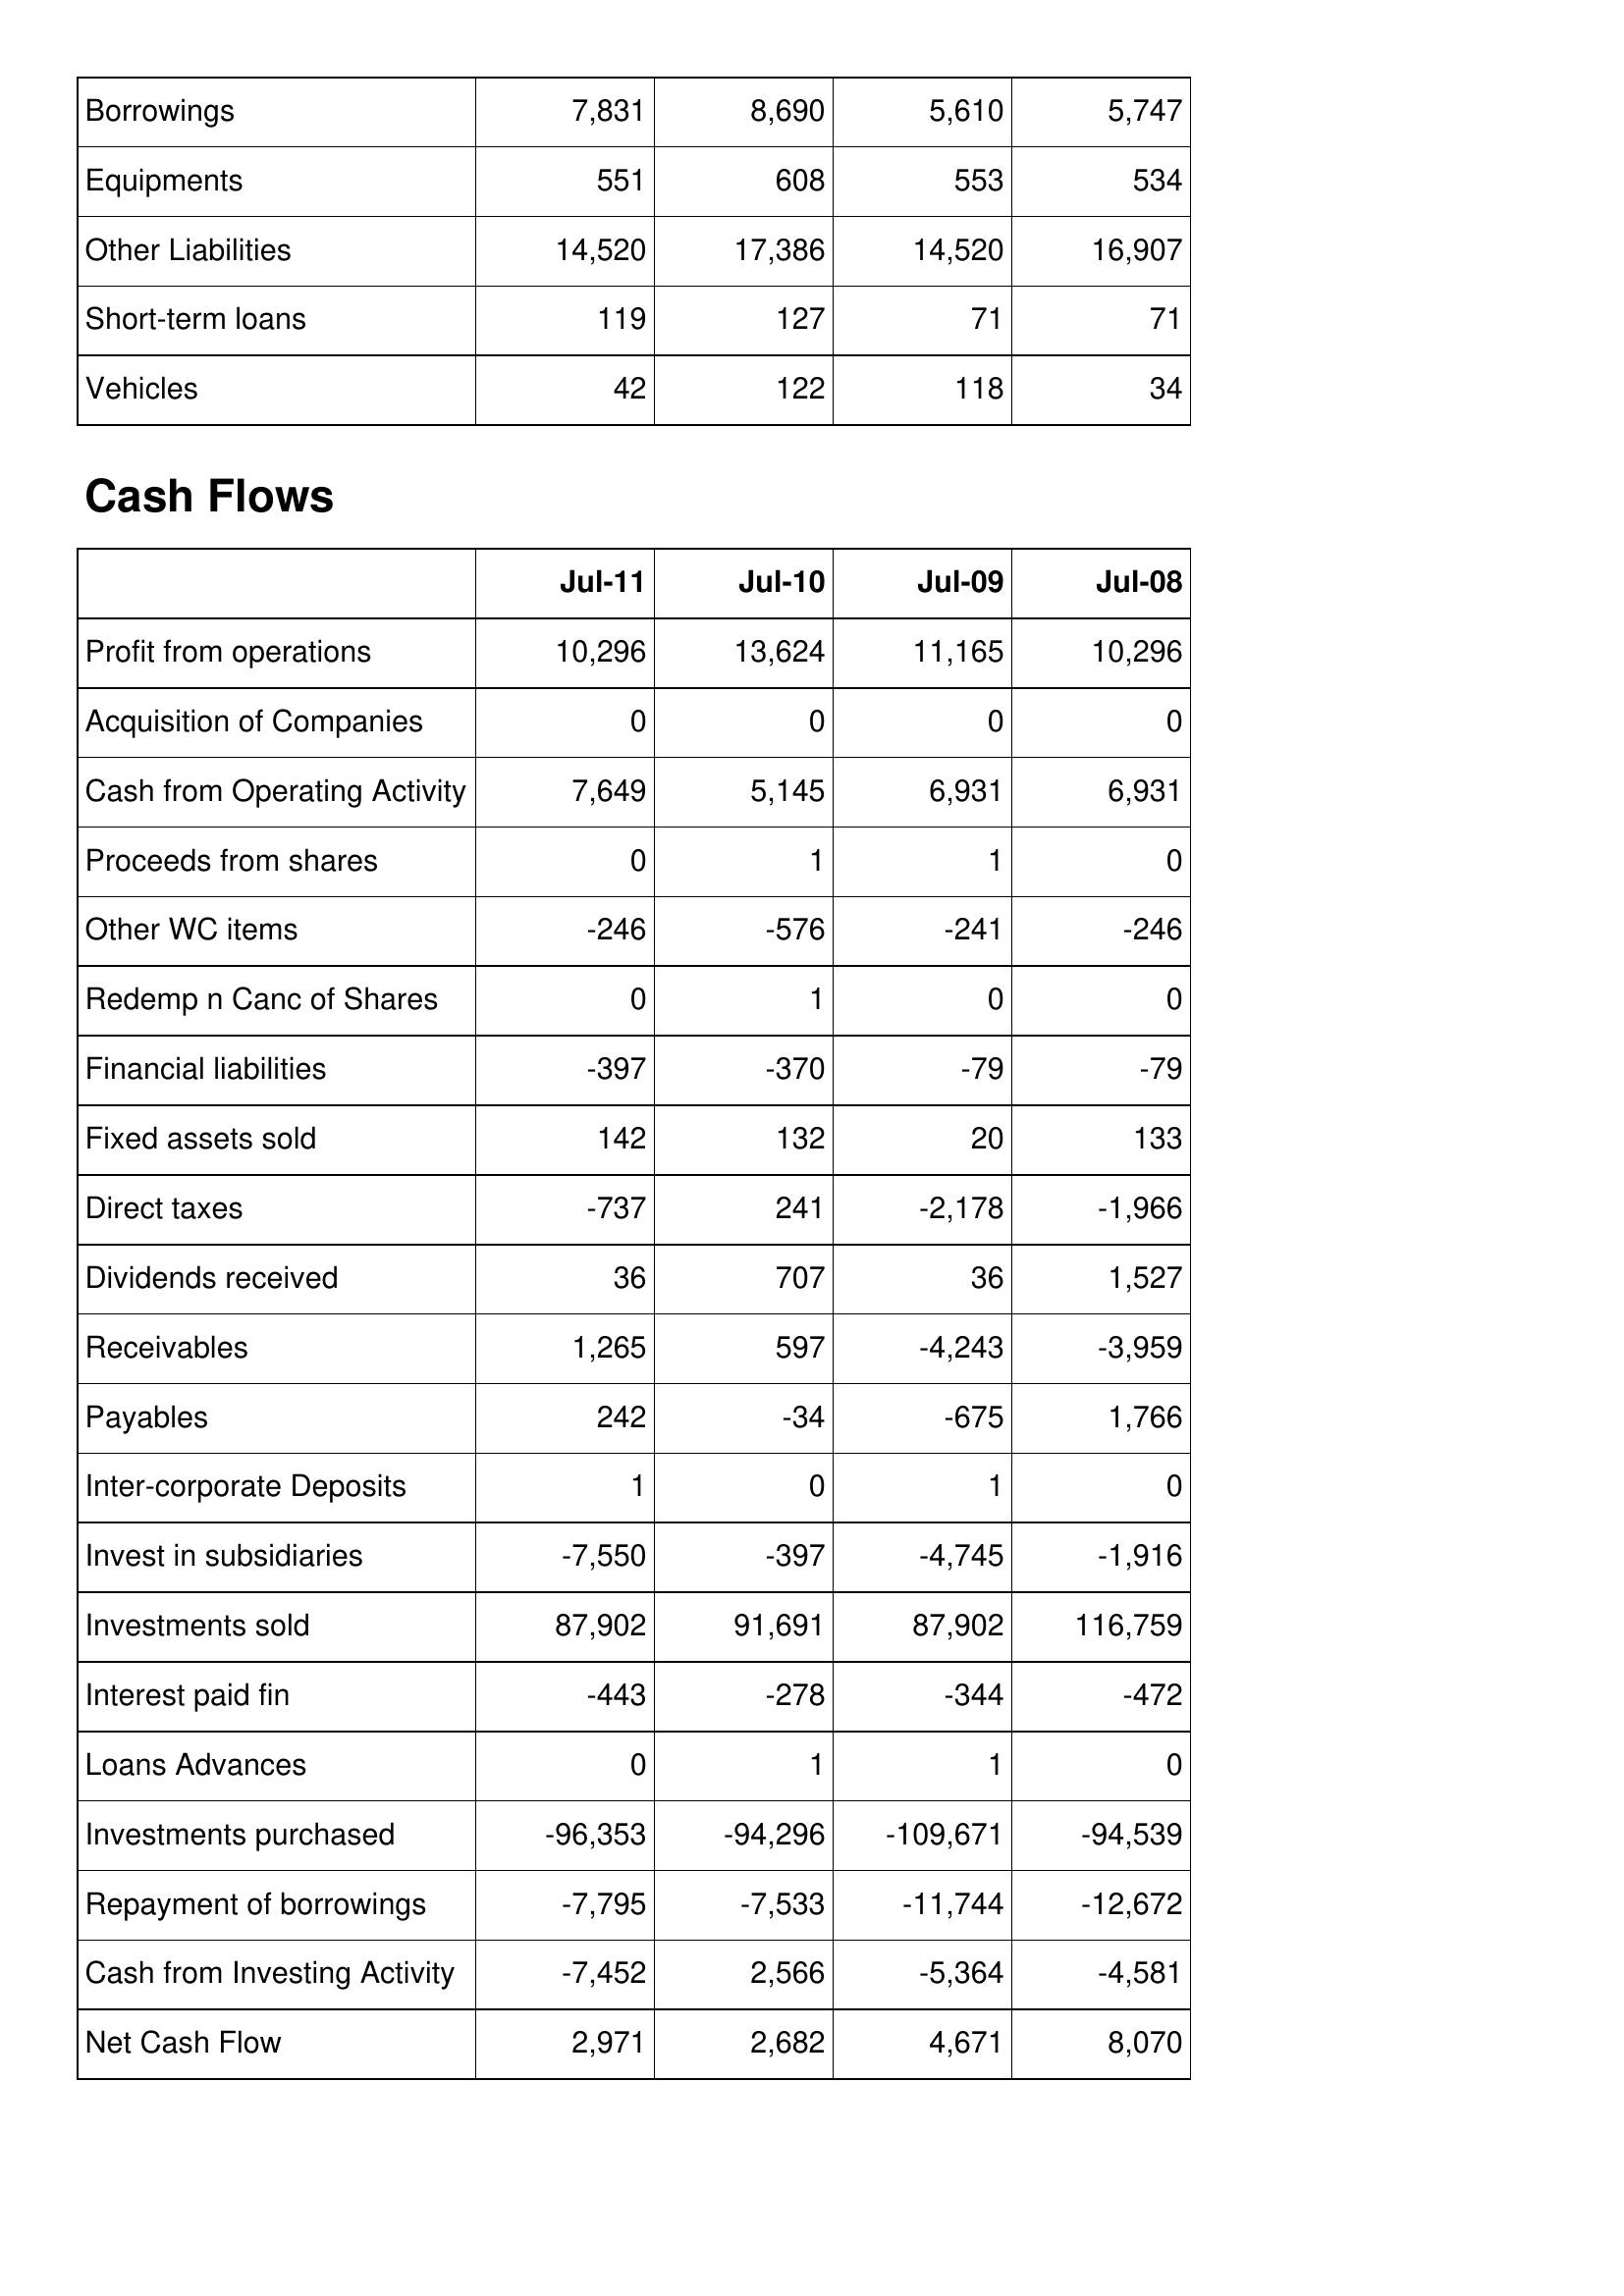
Jul-11: Balance Sheet: Borrowings: 7,831
Equipments: 551
Other Liabilities: 14,520
Short-term loans: 119
Vehicles: 42
Cash Flows: Profit from operations: 10,296
Acquisition of Companies: 0
Cash from Operating Activity: 7,649
Proceeds from shares: 0
Other WC items: -246
Redemp n Canc of Shares: 0
Financial liabilities: -397
Fixed assets sold: 142
Direct taxes: -737
Dividends received: 36
Receivables: 1,265
Payables: 242
Inter-corporate Deposits: 1
Invest in subsidiaries: -7,550
Investments sold: 87,902
Interest paid fin: -443
Loans Advances: 0
Investments purchased: -96,353
Repayment of borrowings: -7,795
Cash from Investing Activity: -7,452
Net Cash Flow: 2,971
Jul-10: Balance Sheet: Borrowings: 8,690
Equipments: 608
Other Liabilities: 17,386
Short-term loans: 127
Vehicles: 122
Cash Flows: Profit from operations: 13,624
Acquisition of Companies: 0
Cash from Operating Activity: 5,145
Proceeds from shares: 1
Other WC items: -576
Redemp n Canc of Shares: 1
Financial liabilities: -370
Fixed assets sold: 132
Direct taxes: 241
Dividends received: 707
Receivables: 597
Payables: -34
Inter-corporate Deposits: 0
Invest in subsidiaries: -397
Investments sold: 91,691
Interest paid fin: -278
Loans Advances: 1
Investments purchased: -94,296
Repayment of borrowings: -7,533
Cash from Investing Activity: 2,566
Net Cash Flow: 2,682
Jul-09: Balance Sheet: Borrowings: 5,610
Equipments: 553
Other Liabilities: 14,520
Short-term loans: 71
Vehicles: 118
Cash Flows: Profit from operations: 11,165
Acquisition of Companies: 0
Cash from Operating Activity: 6,931
Proceeds from shares: 1
Other WC items: -241
Redemp n Canc of Shares: 0
Financial liabilities: -79
Fixed assets sold: 20
Direct taxes: -2,178
Dividends received: 36
Receivables: -4,243
Payables: -675
Inter-corporate Deposits: 1
Invest in subsidiaries: -4,745
Investments sold: 87,902
Interest paid fin: -344
Loans Advances: 1
Investments purchased: -109,671
Repayment of borrowings: -11,744
Cash from Investing Activity: -5,364
Net Cash Flow: 4,671
Jul-08: Balance Sheet: Borrowings: 5,747
Equipments: 534
Other Liabilities: 16,907
Short-term loans: 71
Vehicles: 34
Cash Flows: Profit from operations: 10,296
Acquisition of Companies: 0
Cash from Operating Activity: 6,931
Proceeds from shares: 0
Other WC items: -246
Redemp n Canc of Shares: 0
Financial liabilities: -79
Fixed assets sold: 133
Direct taxes: -1,966
Dividends received: 1,527
Receivables: -3,959
Payables: 1,766
Inter-corporate Deposits: 0
Invest in subsidiaries: -1,916
Investments sold: 116,759
Interest paid fin: -472
Loans Advances: 0
Investments purchased: -94,539
Repayment of borrowings: -12,672
Cash from Investing Activity: -4,581
Net Cash Flow: 8,070